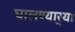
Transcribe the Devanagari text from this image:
घालण्यार्‍या